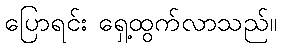
ပြောရင်း ရှေ့ထွက်လာသည်။